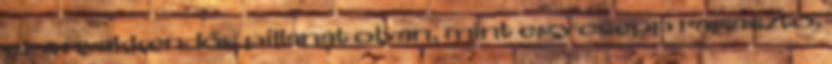
ez a nyakkendős pillanat olyan, mint egy csepp ragasztó,